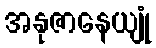
အနုဇာနေယျုံ